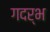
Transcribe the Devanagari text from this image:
गदर्भ